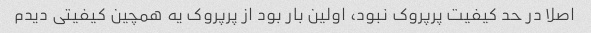
اصلا در حد کیفیت پرپروک نبود، اولین بار بود از پرپروک یه همچین کیفیتی دیدم